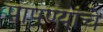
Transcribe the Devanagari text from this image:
पापण्यांचे